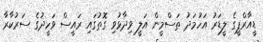
ޑީއާރްޕީގެ ލީޑަރު އަހުމަދު ތަސްމީން އަލީ ވިދާޅުވި ގޮތުގައި ރައީސް ވަހީދުގެ ސަރުކާރާ